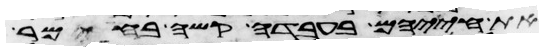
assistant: את חייהם בעבדה קשה בחימר